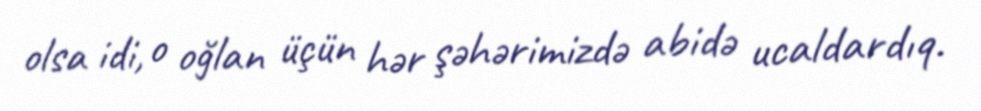
olsa idi, o oğlan üçün hər şəhərimizdə abidə ucaldardıq.